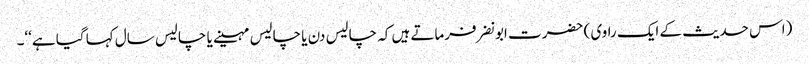
(اس حدیث کے ایک راوی ) حضرت ابونضر فرماتے ہیں کہ چالیس دن یا چالیس مہینے یا چالیس سال کہا گیا ہے‘‘۔